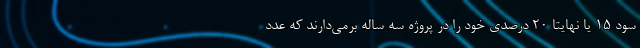
سود ۱۵ یا نهایتا ۲۰ درصدی خود را در پروژه سه ساله برمی‌دارند که عدد